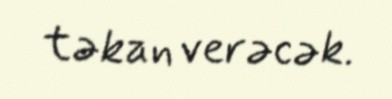
təkan verəcək.